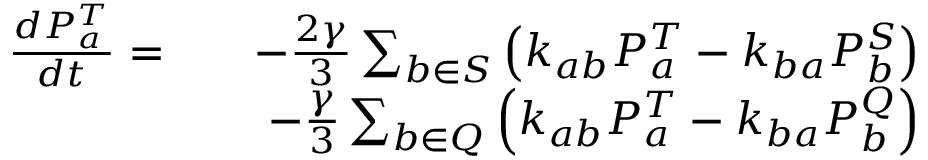
\begin{array} { r l r } { \frac { d P _ { a } ^ { T } } { d t } = } & { } & { - \frac { 2 \gamma } { 3 } \sum _ { b \in S } \left( k _ { a b } P _ { a } ^ { T } - k _ { b a } P _ { b } ^ { S } \right) } \\ & { } & { - \frac { \gamma } { 3 } \sum _ { b \in Q } \left( k _ { a b } P _ { a } ^ { T } - k _ { b a } P _ { b } ^ { Q } \right) } \end{array}